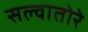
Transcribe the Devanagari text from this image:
सल्वातोरे